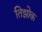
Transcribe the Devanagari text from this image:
तिझोक